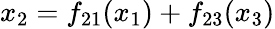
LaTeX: x_{2}=f_{21}(x_{1})+f_{23}(x_{3})